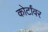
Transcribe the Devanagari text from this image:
कोर्टांवर